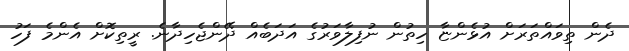
ދެން ތިވައްތަރަށް އުޅެންޏާ ހިތުން ނުފިލާވަރުގެ އަދަބެއް ދޭންޖެހިދާނެ. ރީތިކޮށް އެންމެ ފަހު